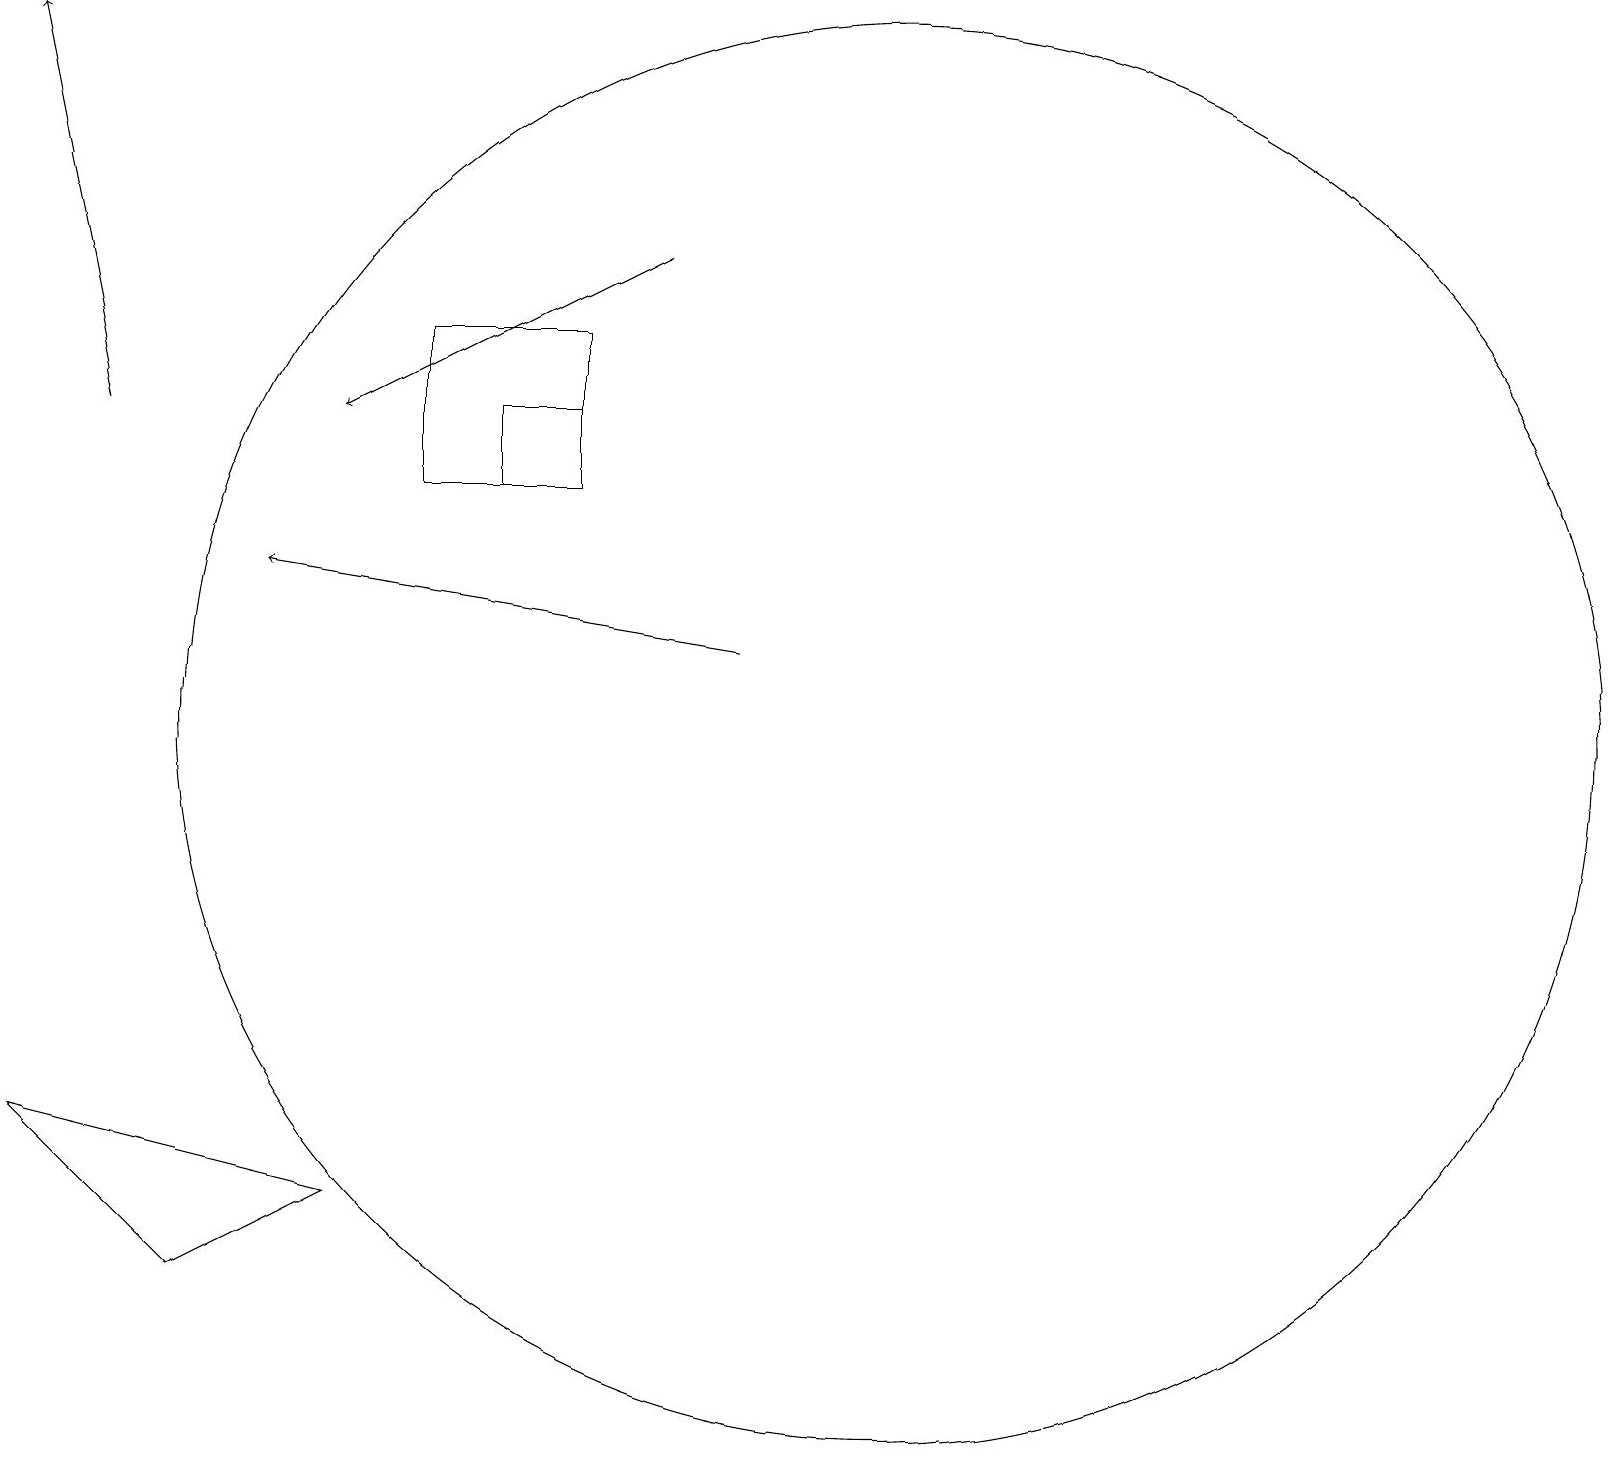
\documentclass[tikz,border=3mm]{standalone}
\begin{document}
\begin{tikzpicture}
\draw[->] (8,16) -- (4,14);
\draw (0,5) -- (4,4) -- (2,3) -- cycle;
\draw (5,13) rectangle (7,15);
\draw (6,14) rectangle (7,13);
\draw[->] (9,11) -- (3,12);
\draw (11,10) circle (9);
\draw[->] (1,14) -- (0,19);
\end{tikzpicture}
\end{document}